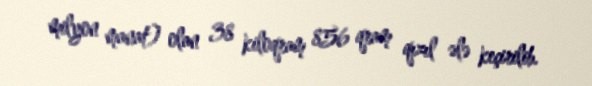
milyon manat) olan 38 kiloqram 856 qram qızıl ələ keçirilib.